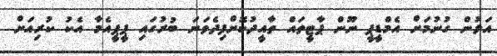
އަލުން ގުނުމަށް އެމްޑީޕީ ނޫން ޕާޓީތައް ތާއީދުކޮށްފިދެވަނަ ބުރުގައި ޕީޕީއެމާ އެކު ކުރިއަށް